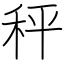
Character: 秤